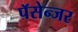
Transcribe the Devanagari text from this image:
पॅसेन्जर